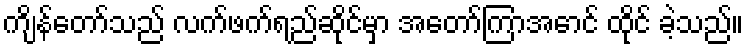
ကျိန်တော်သည် လက်ဖက်ရည်ဆိုင်မှာ အတော်ကြာအောင် ထိုင် ခဲ့သည်။